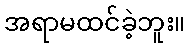
အရာမထင်ခဲ့ဘူး။